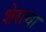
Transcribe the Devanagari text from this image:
शेराचा